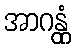
အာဂန္တုံ